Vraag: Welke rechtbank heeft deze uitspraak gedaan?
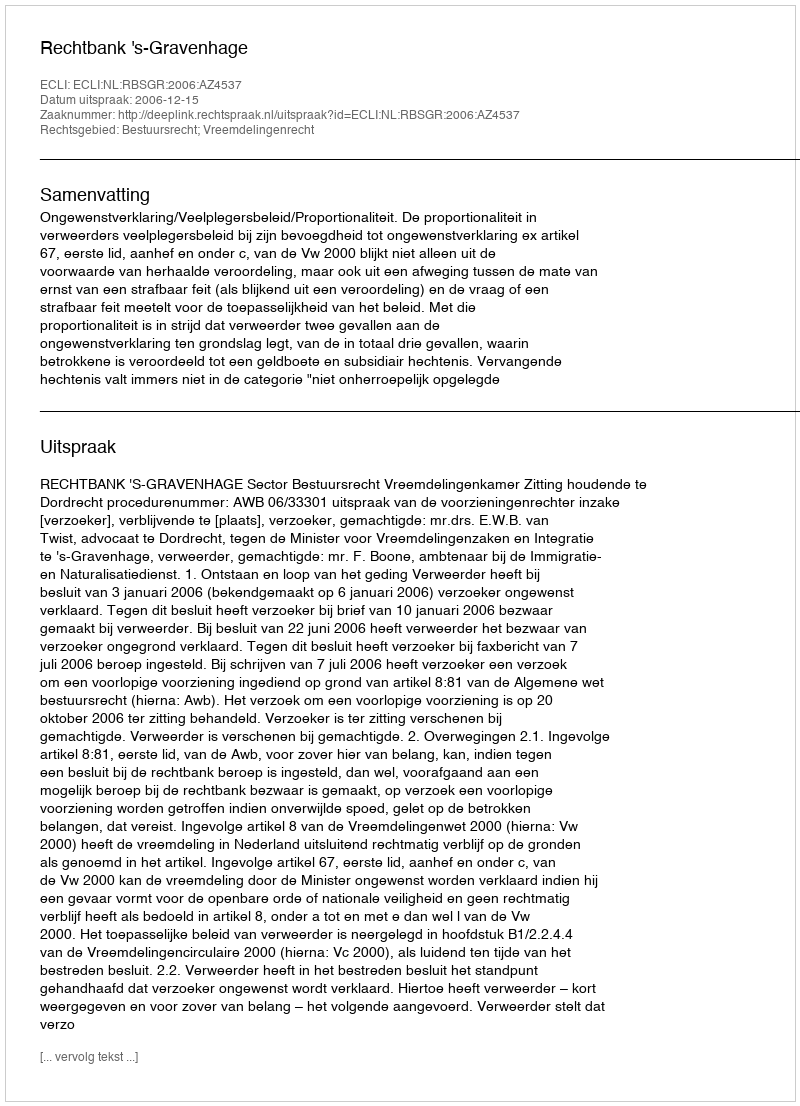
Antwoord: Rechtbank 's-Gravenhage